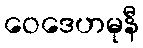
ဝေဒေဟမုနီ